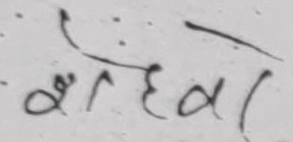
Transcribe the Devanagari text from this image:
सुरहदाल